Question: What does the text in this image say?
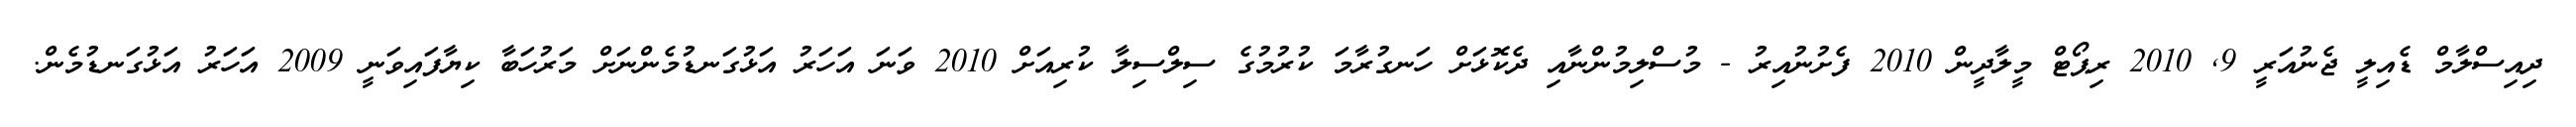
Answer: ދިއިސްލާމް ޑެއިލީ ޖެނުއަރީ 9, 2010 ރިޕޯޓް މީލާދީން 2010 ފެށުނުއިރު - މުސްލިމުންނާއި ދެކޮޅަށް ހަނގުރާމަ ކުރުމުގެ ސިލްސިލާ ކުރިއަށް 2010 ވަނަ އަހަރު އަޅުގަނޑުމެންނަށް މަރުހަބާ ކިޔާފައިވަނީ 2009 އަހަރު އަޅުގަނޑުމެން.